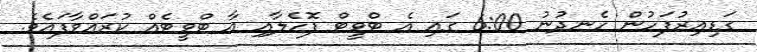
ގަޑިއިރުފަހުން ހެނދުނު 6:00 ގައި އެ ޓްވީޓް ފޮހެލާއި އާ ޓްވީޓެއް ކުރައްވާފައެވެ.